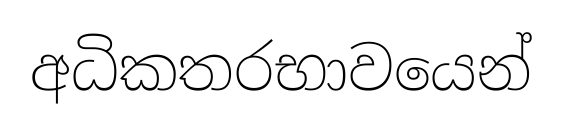
අධිකතරභාවයෙන්